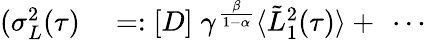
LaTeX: \begin{array}{rl}{(\sigma_{L}^{2}(\tau)}&{{}=:\left[D\right]\; \gamma^{\frac{\beta}{1-\alpha}}\langle\tilde{L}_{1}^{2}(\tau)\rangle+\ \cdots}\end{array}